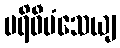
ပရိဝီမံသေယျ